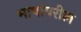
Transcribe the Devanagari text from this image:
भाषांवरील